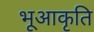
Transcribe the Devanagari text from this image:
भूआकृति